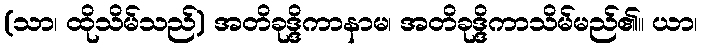
(သာ၊ ထိုသိမ်သည်) အတိခုဒ္ဒိကာနာမ၊ အတိခုဒ္ဒိကာသိမ်မည်၏။ ယာ၊